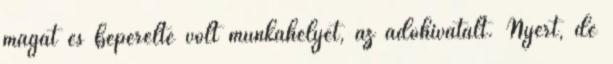
magát és beperelte volt munkahelyét, az adóhivatalt. Nyert, de